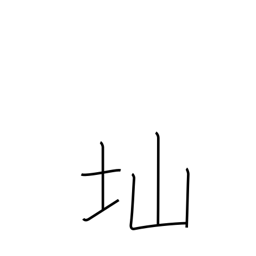
Meaning: steep slope